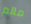
مالم